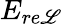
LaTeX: E_{re\mathscr{L}}